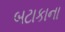
બટાકાના